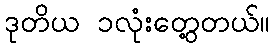
ဒုတိယ ၁လုံးတွေ့တယ်။